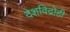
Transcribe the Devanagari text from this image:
देशविद्रोही